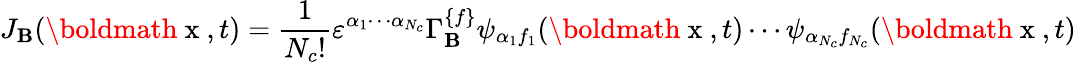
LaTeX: J_{\mathbf{B}}(\mathrm{{\boldmath~x~}},t)=\frac{{1}}{{N_{c}!}}\varepsilon^{\alpha_{1}\cdots\alpha_{N_{c}}}\Gamma_{\mathbf{B}}^{\{ f\} }\psi_{\alpha_{1}f_{1}}(\mathrm{{\boldmath~x~}},t)\cdots\psi_{\alpha_{N_{c}}f_{N_{c}}}(\mathrm{{\boldmath~x~}},t)